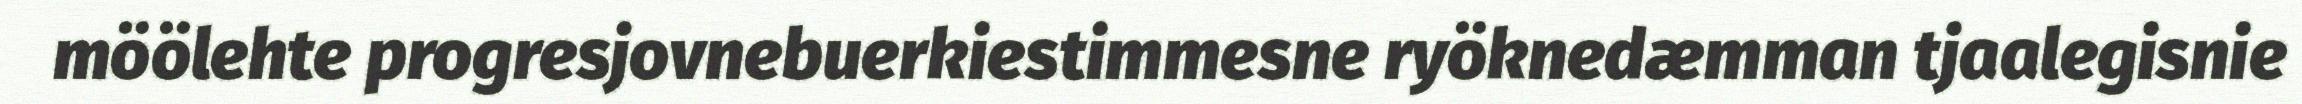
möölehte progresjovnebuerkiestimmesne ryöknedæmman tjaalegisnie